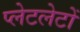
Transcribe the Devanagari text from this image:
प्‍लेटलेटों